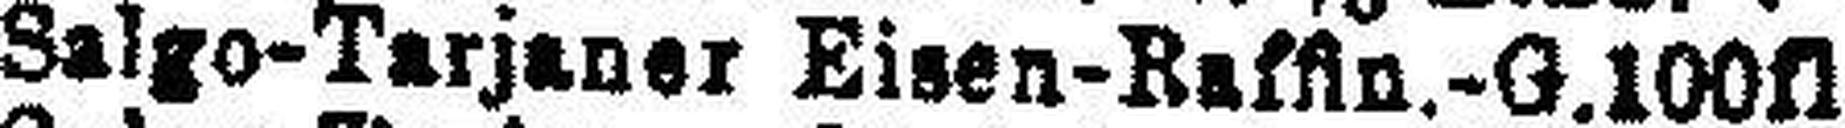
Salgo-Tarjaner Eisen-Raffln.-G. 100fl